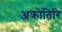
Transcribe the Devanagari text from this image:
अक्रोतिरि